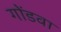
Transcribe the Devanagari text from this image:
गोंडवा